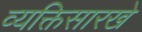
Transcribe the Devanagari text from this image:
व्यक्तिसारखे